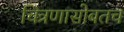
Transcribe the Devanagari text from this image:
चित्रणासोबतच